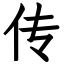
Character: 传